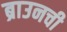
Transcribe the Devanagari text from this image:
ब्राउनची